Annual report of the Imperial Bacteriologist
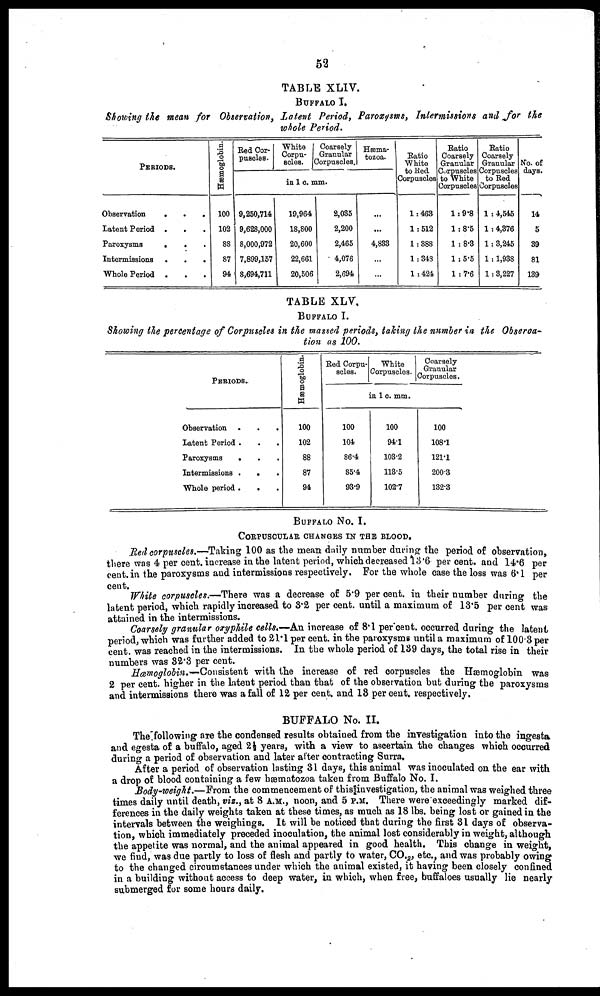
52
TABLE XLIV.
BUFFALO I.
Showing the mean for Observation, Latent Period, Paroxysms, Intermissions and for the
whole Period.
PERIODS.
Observation
.
.
.
Latent Period . . .
Paroxysms
. . .
Intermissions .
.
.
Whole Period . . .
Hæmoglobin.
100
102
88
87
94
Red Cor-
puscles.
9,250,714
9,628,000
8,000,972
7,899,157
8,694,711
White
Corpu¬
scles.
in 1 c. mm.
19,964
18,800
20,600
22,661
20,506
Coarsely
Granular
Corpuscles.
2,035
2,200
2,465
4,076
2,694
Hæma¬
tozoa.
...
...
4,833
...
Ratio
White
to Red.
Corpuscles
1 : 463
1 : 512
1 : 388
1 : 348
1 : 424
Ratio
Coarsely
Granular
Corpuscles
to White
Corpuscles
1 : 9.8
1 : 8.5
1 : 8.3
1 : 5.5
1 : 7.6
Ratio
Coarsely
Granular
Corpuscles
to Red
Corpuscles
1 : 4,545
1 : 4,376
1 : 3,245
1 : 1,938
1 : 3,227
No. of
days.
14
5
39
81
139
TABLE XLV.
BUFFALO I.
Showing the percentage of Corpuscles in the massed periods, taking the number in the Observa¬
tion as 100.
PERIODS.
Observation
Latent Period
Paroxysms
Intermissions
Whole period
.
.
.
.
.
.
.
.
.
.
.
.
.
.
.
Hæmoglobin.
100
102
88
87
94
Red Corpu-
scles.
100
104
86.4
85.4
93.9
White
Corpuscles.
in 1 c. mm.
100
94.1
103.2
113.5
102.7
Coarsely
Granular
Corpuscles.
100
108.1
121.1
200.3
132.3
BUFFALO No. I.
CORPUSCULAR CHANGES IN THE BLOOD.
Red corpuscles.—Taking 100 as the mean daily number during the period of observation,
there was 4 per cent. increase in the latent period, which decreased 13.6 per cent. and 14.6 per
cent. in the paroxysms and intermissions respectively. For the whole case the loss was 6.1 per
cent.
White corpuscles.—There was a decrease of 5.9 per cent. in their number during the
latent period, which rapidly increased to 3.2 per cent. until a maximum of 13.5 per cent was
attained in the intermissions.
Coarsely granular oxyphile cells.—An increase of 8.1 per cent. occurred during the latent
period, which was further added to 21.1 per cent. in the paroxysms until a maximum of 100.3 per
cent. was reached in the intermissions. In the whole period of 139 days, the total rise in their
numbers was 32.3 per cent.
Hæmoglobin.— Consistent with the increase of red corpuscles the Hæmoglobin was
2 per cent. higher in the latent period than that of the observation but during the paroxysms
and intermissions there was a fall of 12 per cent. and 13 per cent. respectively.
BUFFALO No. II.
The following are the condensed results obtained from the investigation into the ingesta.
and egesta of a buffalo, aged 2½ years, with a view to ascertain the changes which occurred
during a period of observation and later after contracting Surra.
After a period of observation lasting 31 days, this animal was inoculated on the ear with
a drop of blood containing a few hæmatozoa taken from Buffalo No. I.
Body-weight.—From the commencement of this investigation, the animal was weighed three
times daily until death, viz., at 8 A.M., noon, and 5 P.M. There were exceedingly marked dif-
ferences in the daily weights taken at these times, as much as 18 lbs. being lost or gained in the
intervals between the weighings. It will be noticed that during the first 31 days of observa-
tion, which immediately preceded inoculation, the animal lost considerably in weight, although
the appetite was normal, and the animal appeared in good health. This change in weight,
we find, was due partly to loss of flesh and partly to water, CO 2 , etc., and was probably owing
to the changed circumstances under which the animal existed, it having been closely confined
in a building without access to deep water, in which, when free, buffaloes usually lie nearly
submerged for some hours daily.